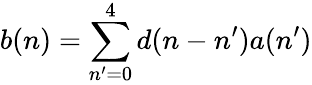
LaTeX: b(n)=\sum_{n^{\prime}=0}^{4}d(n-n^{\prime})a(n^{\prime})